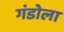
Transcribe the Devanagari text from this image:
गंडोला